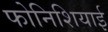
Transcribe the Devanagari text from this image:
फोनिशियाई